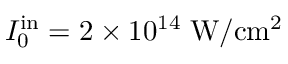
I _ { 0 } ^ { \mathrm { i n } } = 2 \times 1 0 ^ { 1 4 } \; \mathrm { W / c m ^ { 2 } }